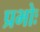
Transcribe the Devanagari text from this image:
प्रभोः